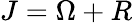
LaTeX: J=\Omega+R